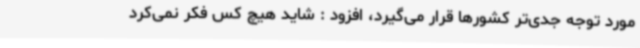
مورد توجه جدی‌تر کشورها قرار می‌گیرد، افزود : شاید هیچ کس فکر نمی‌کرد